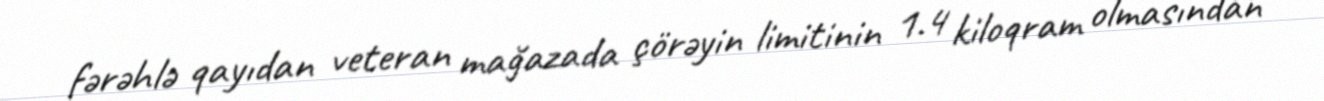
fərəhlə qayıdan veteran mağazada çörəyin limitinin 1.4 kiloqram olmasından